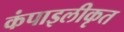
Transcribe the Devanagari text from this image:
कंपाइलीकृत